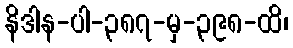
နိဒါန-ပါ-၃၈၇-မှ-၃၉၈-ထိ၊